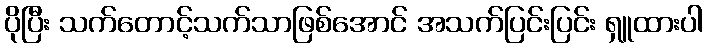
ပိုပြီး သက်တောင့်သက်သာဖြစ်အောင် အသက်ပြင်းပြင်း ရှူထားပါ